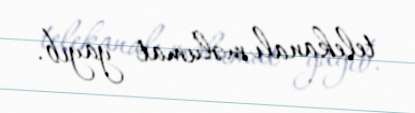
telekanalı məlumat yayıb.